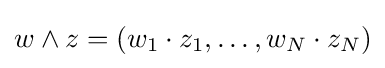
w\wedge z=(w_{1}\cdot z_{1},\ldots ,w_{N}\cdot z_{N})